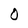
Character: 0